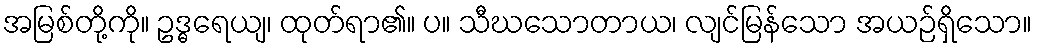
အမြစ်တို့ကို။ ဥဒ္ဓရေယျ၊ ထုတ်ရာ၏။ ပ။ သီဃသောတာယ၊ လျင်မြန်သော အယဉ်ရှိသော။